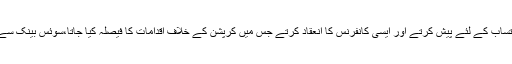
کاش کہ ہمارے وزیرآعظم اور تمام پارٹیوں کے سربراہ بھی خود کو احتساب کے لئے پیش کرتے اور ایسی کانفرنس کا انعقاد کرتے جس میں کرپشن کے خلاف اقدامات کا فیصلہ کیا جاتا،سوئس بینک سے پاکستانیوں کا 200 بلین ڈالر واپس لانے کے لئے اقدامات کئے جاتے۔